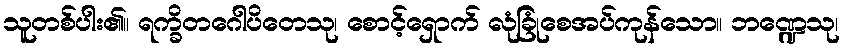
သူတစ်ပါး၏။ ရက္ခိတဂေါပိတေသု၊ စောင့်ရှောက် လုံခြုံစေအပ်ကုန်သော။ ဘဏ္ဍေသု၊